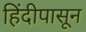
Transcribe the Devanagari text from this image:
हिंदीपासून